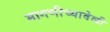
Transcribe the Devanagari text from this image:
मागणीच्यावेळी